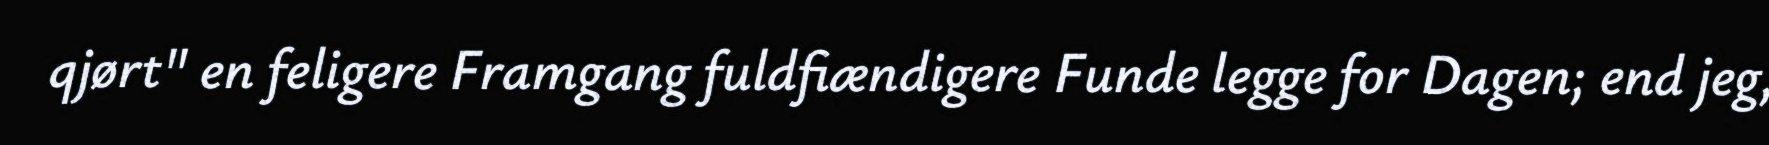
qjørt" en feligere Framgang fuldfiændigere Funde legge for Dagen; end jeg,